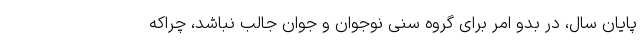
پایان سال، در بدو امر برای گروه سنی نوجوان و جوان جالب نباشد، چراکه